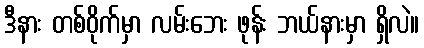
ဒီနား တစ်ဝိုက်မှာ လမ်းဘေး ဖုန်း ဘယ်နားမှာ ရှိလဲ။